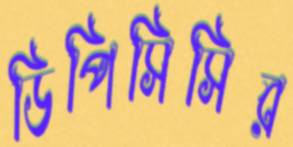
ডিপিসিসির